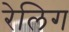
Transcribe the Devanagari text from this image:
रेलिग